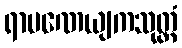
ရာမဏေယျကသုတ္တံ